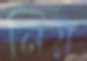
নিয়